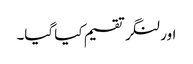
اور لنگر تقسیم کیا گیا۔